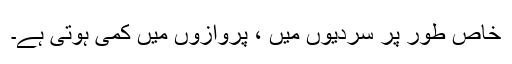
خاص طور پر سردیوں میں ، پروازوں میں کمی ہوتی ہے۔